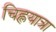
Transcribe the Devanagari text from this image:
चिह्लयात्रा